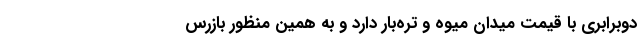
دوبرابری با قیمت میدان میوه و تره‌بار دارد و به همین منظور بازرس